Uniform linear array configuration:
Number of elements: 32
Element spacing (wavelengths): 1
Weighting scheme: binomial
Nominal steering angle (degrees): -15
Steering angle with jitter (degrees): -16.715
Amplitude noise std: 0.05
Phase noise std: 0.05

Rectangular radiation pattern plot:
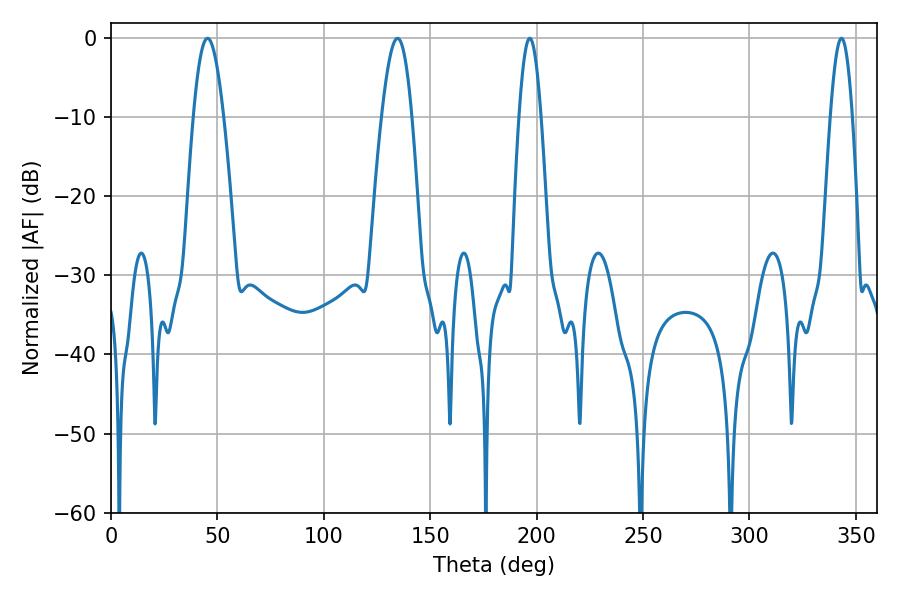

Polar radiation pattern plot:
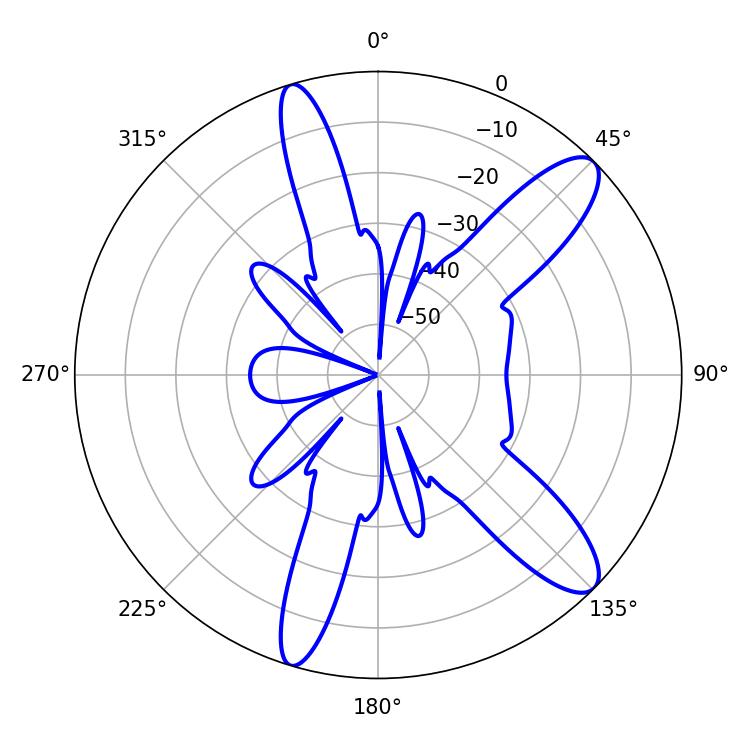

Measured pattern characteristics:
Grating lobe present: TRUE
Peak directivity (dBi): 11.343
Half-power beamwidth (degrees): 7.74
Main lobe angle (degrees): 45.36